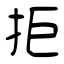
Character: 拒